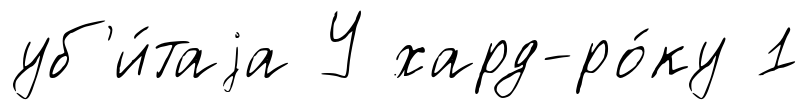
уб'и́таjа У хард-ро́ку 1